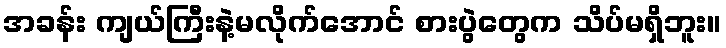
အခန်း ကျယ်ကြီးနဲ့မလိုက်အောင် စားပွဲတွေက သိပ်မရှိဘူး။